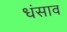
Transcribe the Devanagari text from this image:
धंसाव